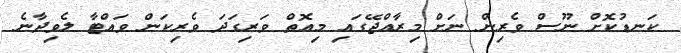
ކަނޑުކޮށް ނޫސް ވެރިން ނަށް މިރާއްޖޭގައި މިއޮތް ވަރިގަދަ ވެރިކަން ވައްޓާ ލެވިދާނެ